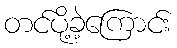
တင်ပို့ခဲ့ကြောင်း